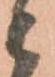
ニ